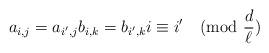
LaTeX: \begin{align*} a_{i,j}=a_{i',j}b_{i,k}=b_{i',k} i\equiv i'\pmod {\frac{d}{\ell}} \end{align*}